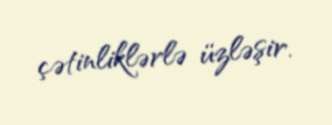
çətinliklərlə üzləşir.